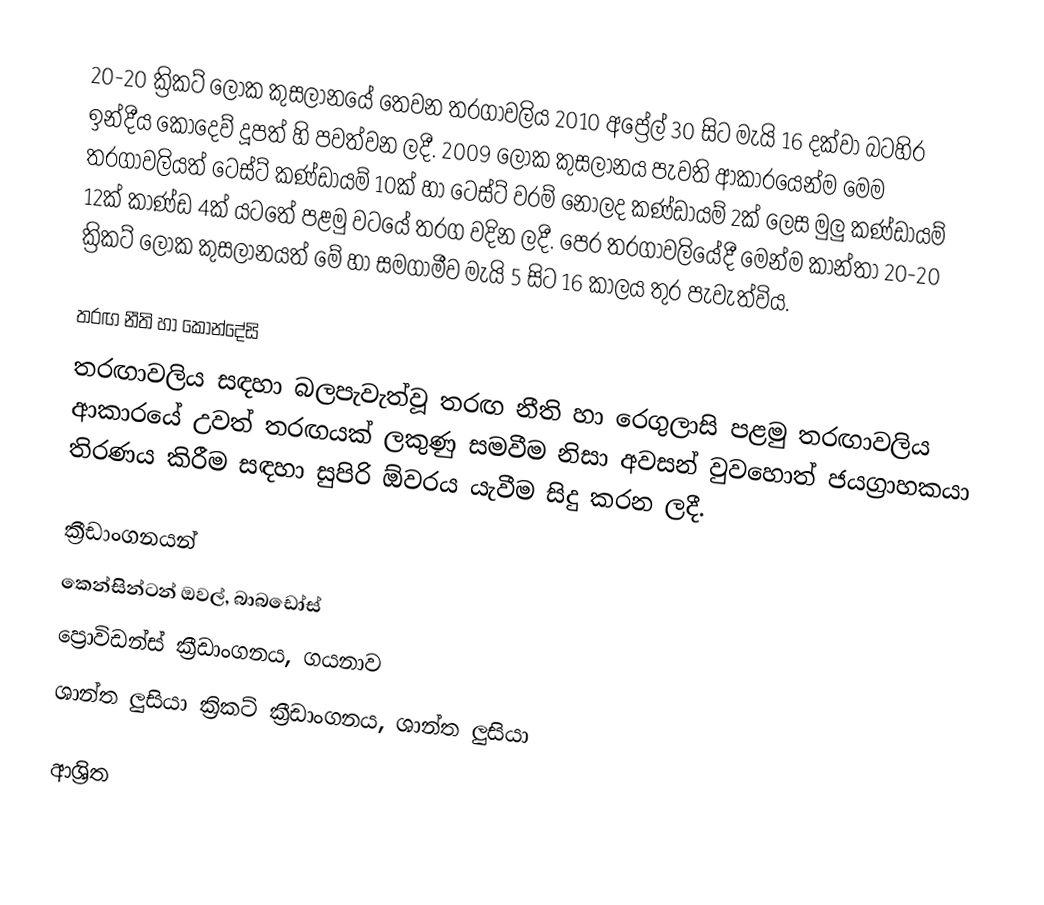
20-20 ක්‍රිකට් ලෝක කුසලානයේ තෙවන තරගාවලිය 2010 අප්‍රේල්  30 සිට මැයි 16 දක්වා බටහිර ඉන්දීය කොදෙව් දූපත් හි පවත්වන ලදී. 2009 ලෝක කුසලානය පැවති ආකාරයෙන්ම මෙම තරගාවලියත් ටෙස්ට් කණ්ඩායම් 10ක් හා ටෙස්ට් වරම් නොලද කණ්ඩායම් 2ක් ලෙස මුලු කණ්ඩායම් 12ක් කාණ්ඩ 4ක් යටතේ පළමු වටයේ තරග වදින ලදී. පෙර තරගාවලියේදී මෙන්ම කාන්තා 20-20 ක්‍රිකට් ලෝක කුසලානයත් මේ හා සමගාමීව මැයි 5 සිට 16 කාලය තුර පැවැත්විය.

තරඟ නීති හා කොන්දේසි
තරඟාවලිය සඳහා බලපැවැත්වූ තරඟ නීති හා රෙගුලාසි පළමු තරඟාවලිය ආකාරයේ උවත් තරඟයක් ලකුණු සමවීම නිසා අවසන් වුවහොත් ජයග්‍රාහකයා තිරණය කිරීම සඳහා සුපිරි ඕවරය යැවීම සිදු කරන ලදී.

ක්‍රීඩාංගනයන්
 කෙන්සින්ටන් ඔවල්, බාබඩෝස්
 ප්‍රොවිඩන්ස් ක්‍රීඩාංගනය, ගයනාව
 ශාන්ත ලුසියා ක්‍රිකට් ක්‍රීඩාංගනය, ශාන්ත ලුසියා

ආශ්‍රිත